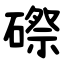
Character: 磜